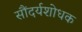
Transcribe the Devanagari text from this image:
सौंदर्यशोधक